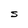
Character: S